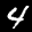
Label: 4